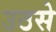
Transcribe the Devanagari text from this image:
उठसे